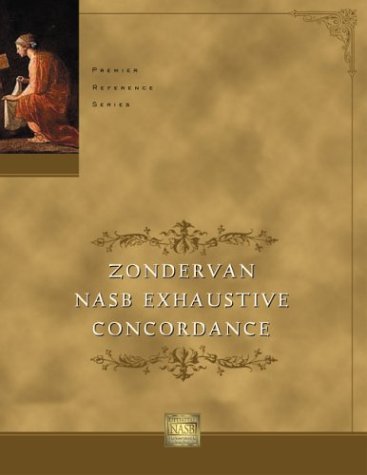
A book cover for Zondervan NASB Exhaustive Concordance; Christian Books & Bibles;